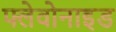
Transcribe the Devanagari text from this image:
फ्लेवोनाइड